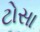
ટોસા